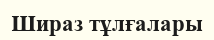
Шираз тұлғалары